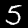
Label: 5